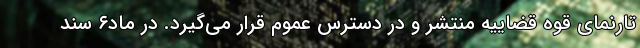
تارنمای قوه قضاییه منتشر و در دسترس عموم قرار می‌گیرد. در ماد۶ سند